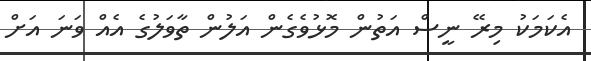
އެކަމަކު މިރޭ ނީސް އަތުން މޮޅުވެގެން އަލުން ތާވަލުގެ އެއް ވަނަ އަށް